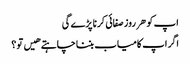
اپ کو هر روز صفائی کرنا پڑے گی
اگر اپ کامیاب بننا چاہتے هیں تو ؟